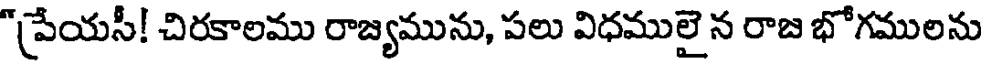
"ప్రేయసీ! చిరకాలము రాజ్యమును, పలు విధములై న రాజ భోగములను